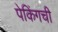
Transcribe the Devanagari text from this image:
पेकिंगची